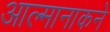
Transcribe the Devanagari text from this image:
आल्मानाकने